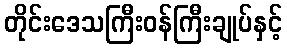
တိုင်းဒေသကြီးဝန်ကြီးချုပ်နှင့်